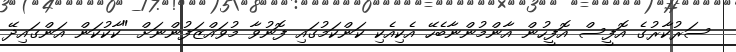
ސަރުކާރުގެ އޮފީސް އޮފީހުން އާންމުންނާބެހޭ އެކިއެކި ކަންކަމުގައި ފޮނުވާ މުވައްޒަފުންނަށް "ކާކުކަން އަންގައިދޭ